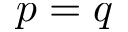
p = q